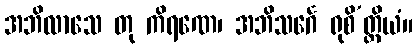
အဘိလာသေ တု ကိရဏေ၊ အဘိသင်္ဂေ ရုစိ’တ္ထိယံ။